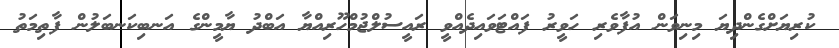
ކުރިޔަށްގެންދިޔަ މިނިވަން އުފާވެރި ހަވީރު ފައްޓަވައިދެއްވީ ރައީސުލްޖުމްހޫރިއްޔާ އަބްދު ޔާމީންގެ އަނބިކަނބަލުން ފާތިމަތު